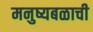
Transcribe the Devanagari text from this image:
मनुष्यबळाची